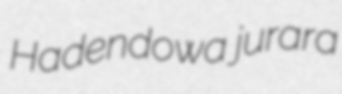
Hadendowa jurara